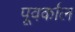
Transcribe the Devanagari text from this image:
पूवर्काल